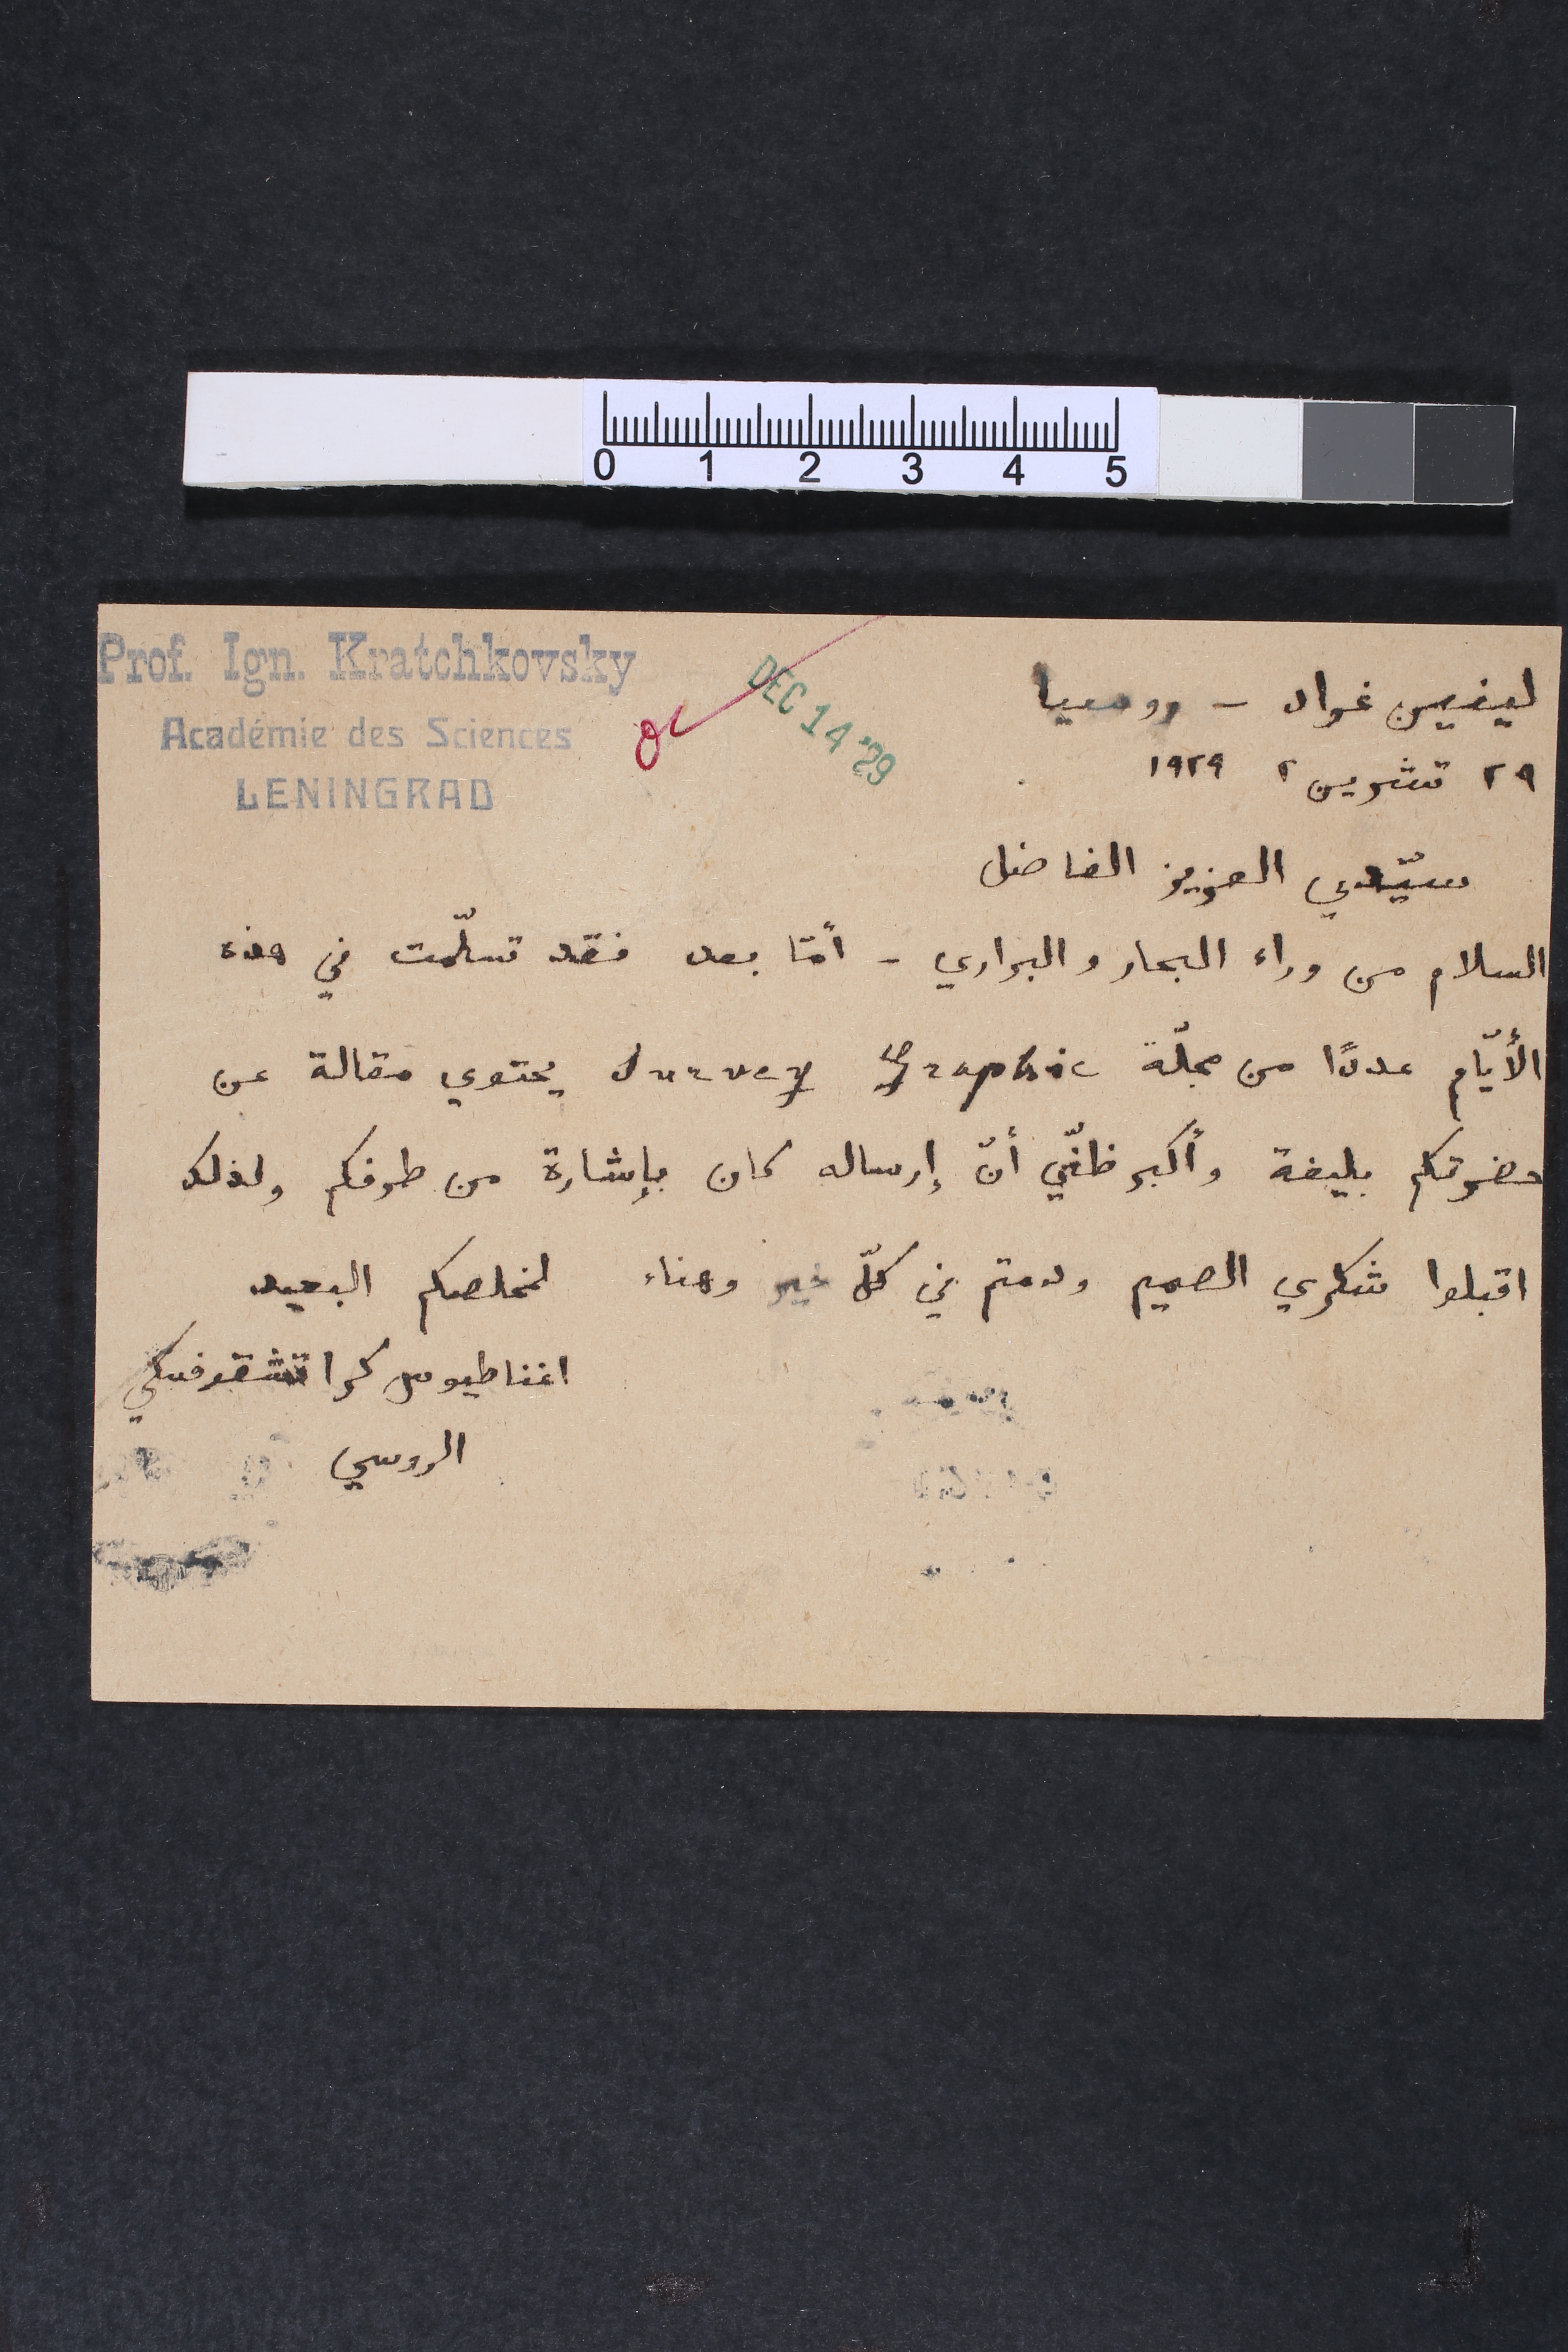
Prof. Ign. Kratchkovsky Académie des Sciences LENINGRAD
لينين غراد – روسيا ٢٩ تشرين٢ ١٩٢٩	DEC 14 29
سيّدي العزيز الفاضل
السلام من وراء البحار والبراري - أمّا بعد فقد تسلّمت في هذه
الأيّام عدداً من مجلّة Survey Graphic يحتوي مقالة عن
حضرتكم بليغة وأكبر ظنّي أنّ إرساله كان بإشارة من طرفكم ولذلك
اقبلوا شكري الصميم ودمتم في كلّ خير وهناء لمخلصكم البعيد
أغناطيوس كراتشقوفسكي الروسي